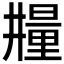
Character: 𣊼